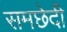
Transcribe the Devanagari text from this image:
समछेदी